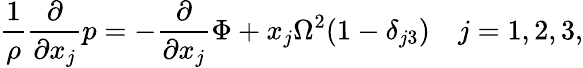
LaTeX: \frac{1}{\rho}\frac{\partial}{\partial x_{j}}p=-\frac{\partial}{\partial x_{j}}\Phi+x_{j}\Omega^{2}(1-\delta_{j3})\quad j=1,2,3,